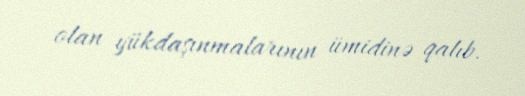
olan yükdaşınmalarının ümidinə qalıb.